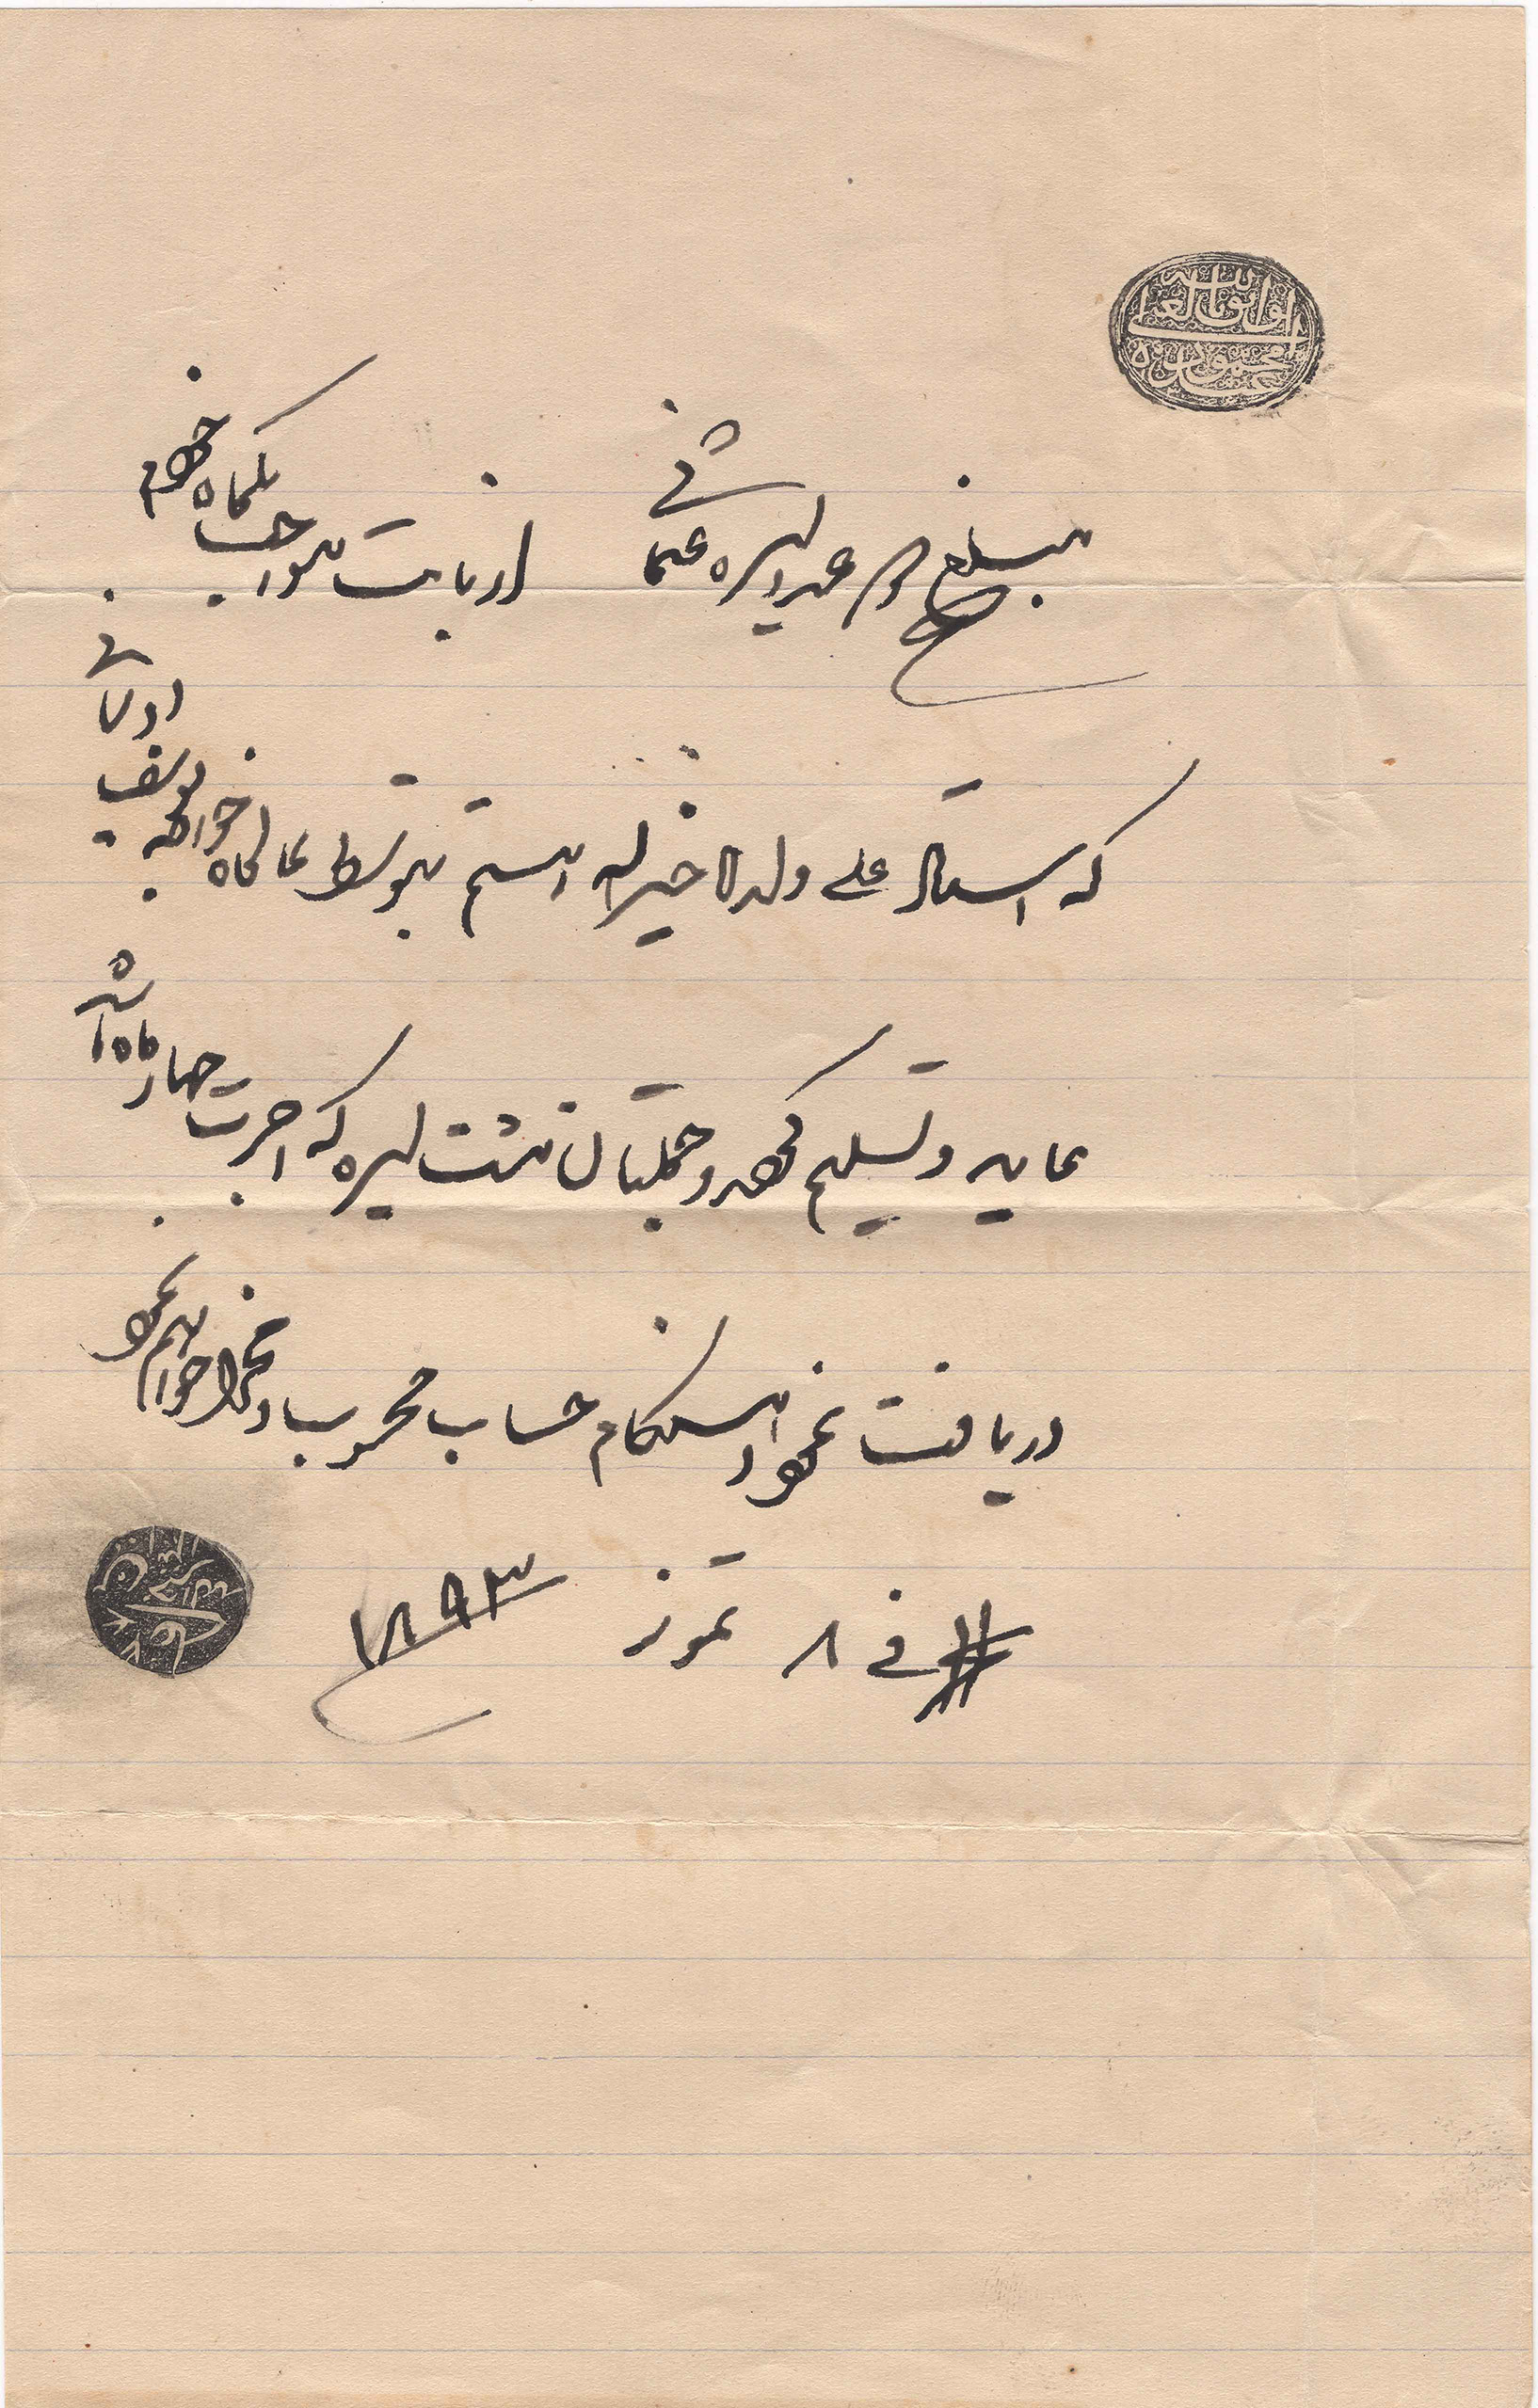
مبلغ مية ليرة .....
..... على ولده خير الله ....
غايه وتسليم .... ليره....
دريافت ... حساب محرب ...
١٨٩٣
في ٨ تموز